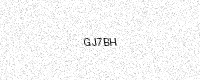
Text: GJ7BH